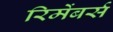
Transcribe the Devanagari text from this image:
रिमेंबर्स